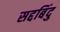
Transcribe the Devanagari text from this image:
सद्दबिंदु